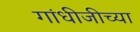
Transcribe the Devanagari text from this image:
गांधीजीच्या